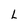
Character: L